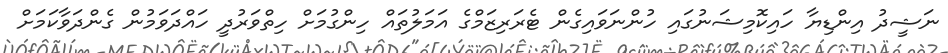
ނަޝީދު އިންޑިޔާ ހައިކޮމިޝަނުގައި ހުންނަވައިގެން ޓެރަރިޒަމްގެ އަމަލުތައް ހިންގުމަށް ހިތްވަރުދީ ހައްދަވަމުން ގެންދަވާކަމަށް